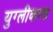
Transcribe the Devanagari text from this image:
युग्लीकरण